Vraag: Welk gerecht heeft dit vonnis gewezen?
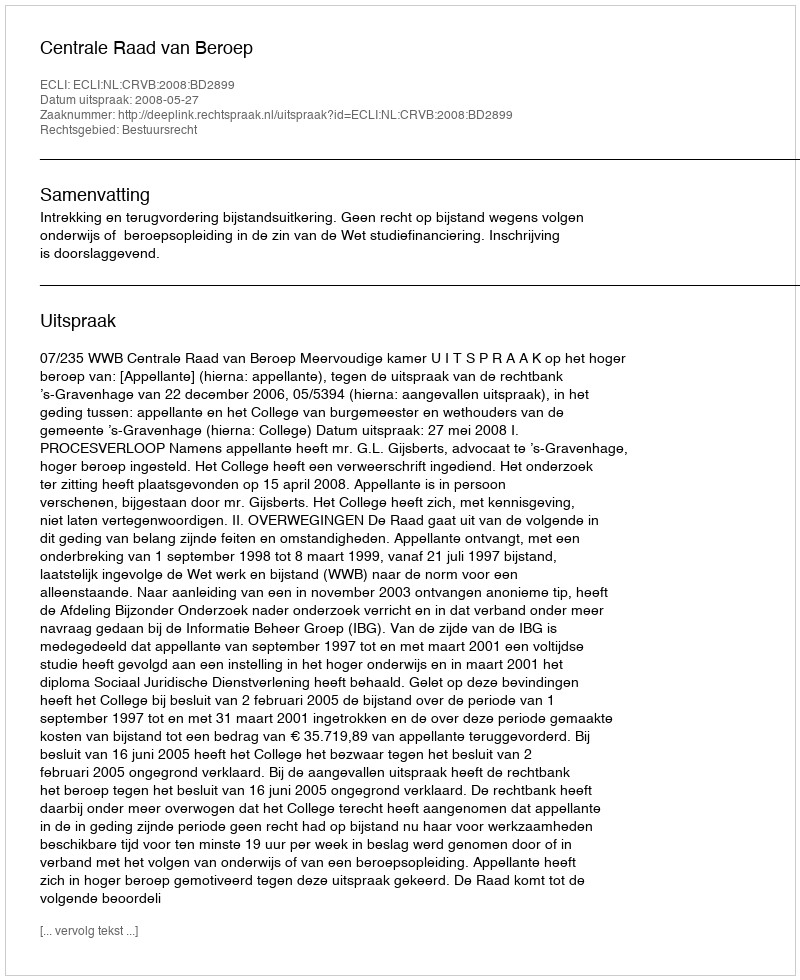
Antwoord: Centrale Raad van Beroep